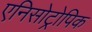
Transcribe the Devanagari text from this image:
एनिसोट्रोपिक